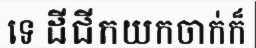
ទេ ដីជីកយកចាក់ក៏